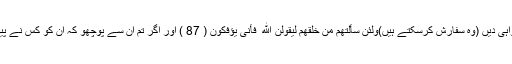
ہاں جو علم ویقین کے ساتھ حق کی گواہی دیں (وہ سفارش کرسکتے ہیں)وَلَئِن سَأَلْتَهُم مَّنْ خَلَقَهُمْ لَيَقُولُنَّ اللَّهُ ۖ فَأَنَّىٰ يُؤْفَكُونَ ( 87 ) اور اگر تم ان سے پوچھو کہ ان کو کس نے پیدا کیا ہے تو کہہ دیں گے کہ خدا نے۔